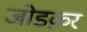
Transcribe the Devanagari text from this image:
जोडक़र